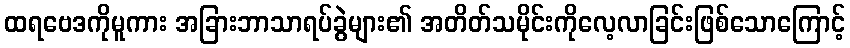
ထရဗေဒကိုမူကား အခြားဘာသာရပ်ခွဲများ၏ အတိတ်သမိုင်းကိုလေ့လာခြင်းဖြစ်သောကြောင့်